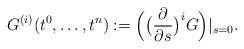
\begin{align*} G^{(i)}(t^0,\dots,t^n):= \Big(\big(\frac{\partial}{\partial s}\big)^i G\Big)|_{s=0}.\end{align*}